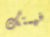
فهمتك